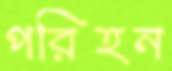
পরিহন